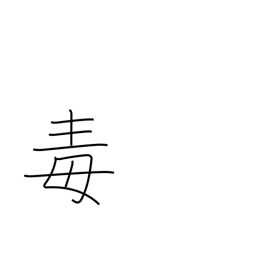
Meaning: spite